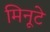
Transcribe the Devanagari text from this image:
मिनूटे